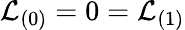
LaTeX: {\cal L}_{(0)}=0={\cal L}_{(1)}